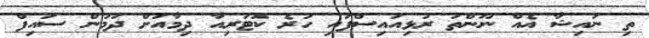
ތި ނައިޝާ އެއް ނޫންތަ ރުޅިއައިސްފައި ހުރެ ކޮޓަރިއާ ދިމާއަށް ދަމުން ސައިފް